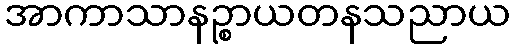
အာကာသာနဉ္စာယတနသညာယ